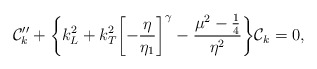
\begin{align*}{\cal C}_{k}'' +\biggl\{ k^2_{L} + k^2_{T}\biggl[- \frac{\eta}{\eta_1}\biggr]^{\gamma} -\frac{\mu^2 -\frac{1}{4}}{\eta^2}\biggr\} {\cal C}_{k} = 0, \end{align*}